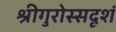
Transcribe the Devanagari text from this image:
श्रीगुरोस्सदृशं